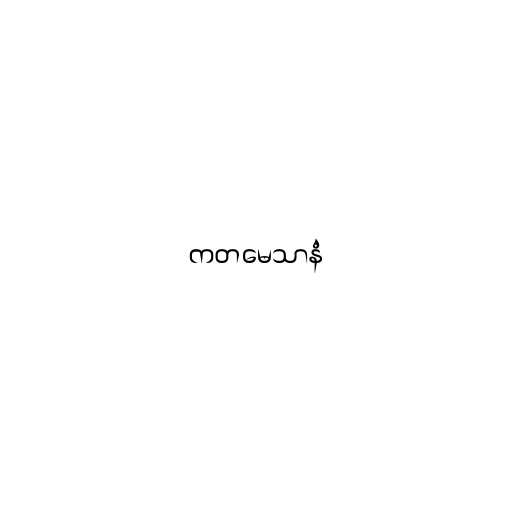
ကတမေသာနံ